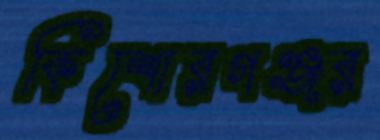
কিশোরগঞ্জর